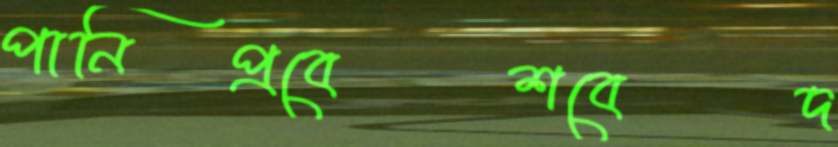
পানিপ্রবেশবেদ